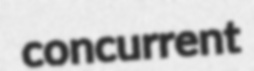
concurrent